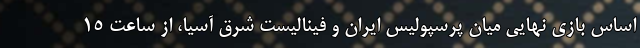
اساس بازی نهایی میان پرسپولیس ایران و فینالیست شرق آسیا، از ساعت ۱۵